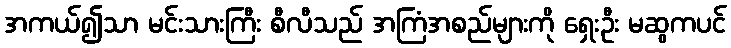
အကယ်၍သာ မင်းသားကြီး စီလီသည် အကြံအစည်များကို ရှေးဦး မဆွကပင်